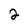
Character: 2